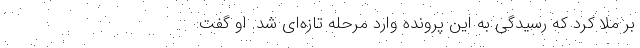
بر ملا کرد که رسیدگی به این پرونده وارد مرحله تازه‌ای شد. او گفت: